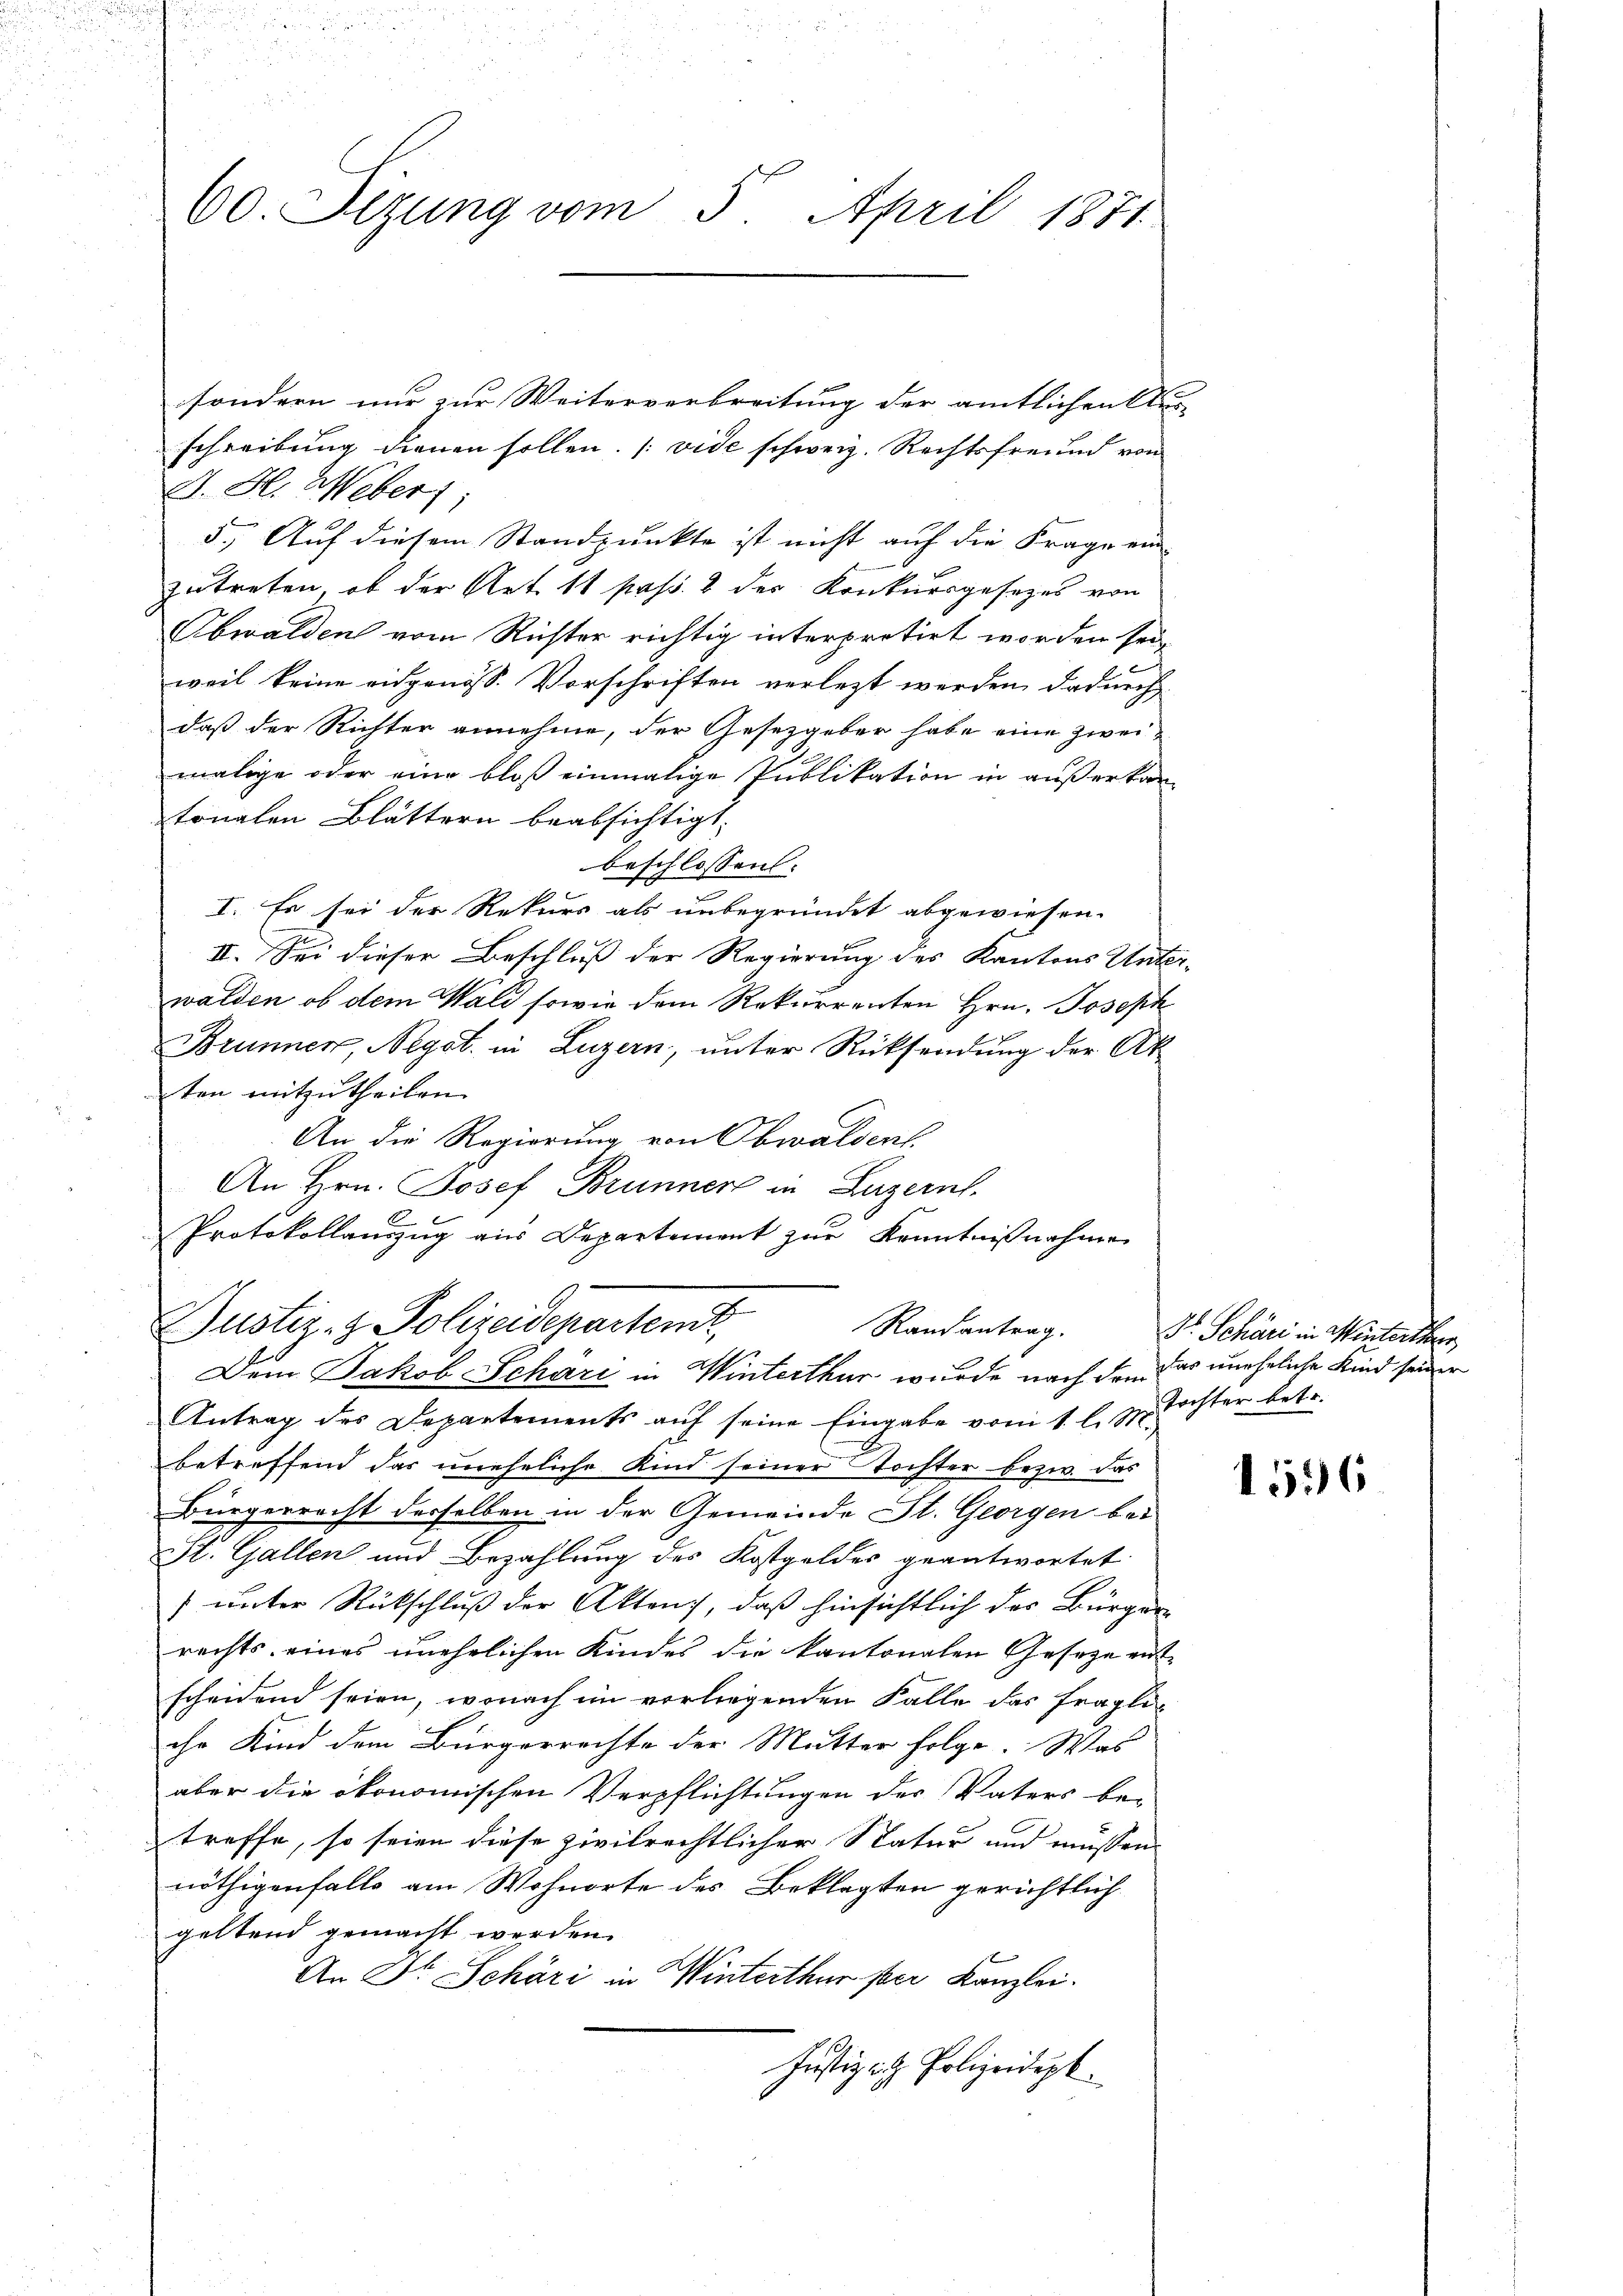
60. Sizung vom 5. April 1871

sondern nur zur Weiterverbreitung der amtlichen Aus-
schreibung dienen sollen. (vide schweiz. Rechtsfreund von
A. H. Weber
5., Auf diesem Standpunkte ist nicht auf die Frage ein
zutreten, ob der Art. 11 pass. 2 der Konkursgesezes von
Obwalden vom Richter richtig interpretirt worden sei,
weil keine vidgenöss. Vorschriften verlezt werden dadurch
daß der Richter annehme, der Gesetzgeber habe eine zweimalige oder eine bloß einmalige Publikation in außerkan
tonalen Blättern beabsichtigt.
beschlossen:
I. Es sei der Rekurs als unbegründet abgewiesen.
II. Sei dieser Beschluß der Regierung des Kantons Unterwalden ob dem Wald sowie dem Rekurrenten Hrn. Joseph
Brunner, Negot. in Luzern, unter Rücksendung der Ak
ten mitzutheilen.
An die Regierung von Obwaldent.
An Hrn. Josef Brunner in Luzern.
Protokollauszug aus Departement zur Kenntnißnahme
Justiz- & Polizeideparten,
Randantrag.
Dem Jakob Schäre in Winterthur wurde nach den das uneheliche Kind seiner
Antrag des Departements aŭf seine Eingabe vom 1. l. J. Tochter betr.
betreffend das uneheliche Kind seiner Tochter bezw. das
Bürgerrecht derselben in der Gemeinde St. Georgen bei
St. Gallen und Bezahlung des Kostgeldes geantwortet
) unter Rückschluß der Akten, daß hinsichtlich der Bürger
rechts eines unehelichen Kindes die kantonalen Geseze entscheidend seien, wonach im vorliegenden Falle das fragliihr Kind dem Bürgerrechte der Mutter folge. Was
aber die ökonomischen Verpflichtungen der Vaters be-
treffe, so seien diese zivilrechtlicher Natur und müssen-
nöthigenfalls am Wohnorte des Beklagten gerichtlich
geltend gemacht werden.
An Dr. Schäri in Winterthur per Kanzlei.
Justiz sich Polizeidept.

Dr. Schäri in Winterthur

1596